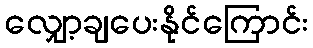
လျှော့ချပေးနိုင်ကြောင်း